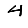
Digit: 4